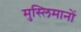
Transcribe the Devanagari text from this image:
मुस्लिमानों